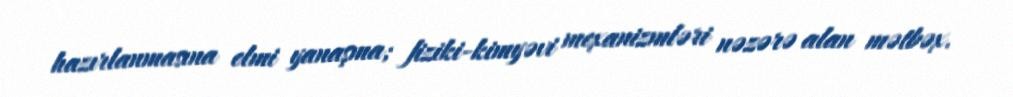
hazırlanmasına elmi yanaşma; fiziki-kimyəvi mexanizmləri nəzərə alan mətbəx.